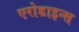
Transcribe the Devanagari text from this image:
एरोडाइन्स